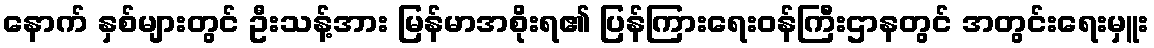
နောက် နှစ်များတွင် ဦးသန့်အား မြန်မာအစိုးရ၏ ပြန်ကြားရေးဝန်ကြီးဌာနတွင် အတွင်းရေးမှူး